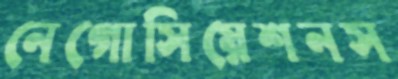
নেগোসিয়েশনস